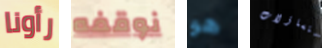
رأونا نوقفه هو التساؤلات